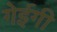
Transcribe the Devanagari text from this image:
गेईगी